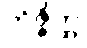
ဘိဇ္ဇိတ္ထ